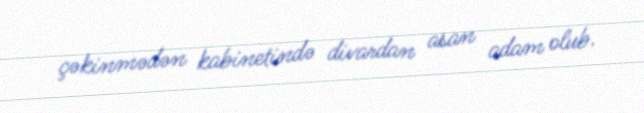
çəkinmədən kabinetində divardan asan adam olub.